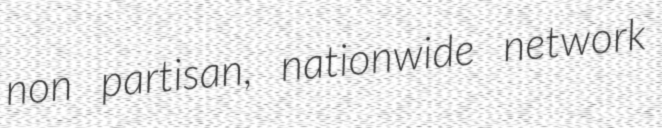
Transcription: non partisan, nationwide network